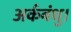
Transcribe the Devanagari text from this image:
अर्कबंधु।